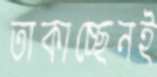
তাকাচ্ছেনই